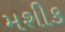
મશીક